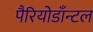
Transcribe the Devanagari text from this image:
पैरियोडाँन्टल